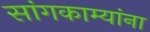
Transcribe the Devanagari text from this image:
सांगकाम्यांना